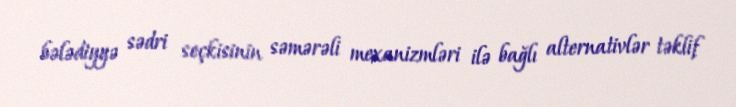
bələdiyyə sədri seçkisinin səmərəli mexanizmləri ilə bağlı alternativlər təklif